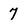
Character: 7